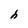
Character: h